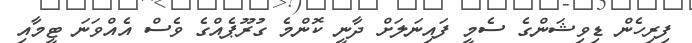
ފިރިހެން ޑިވިޝަންގެ ސެމީ ފައިނަލަށް ދާނީ ކޮންމެ ގުރޫޕެއްގެ ވެސް އެއްވަނަ ޓީމާއި